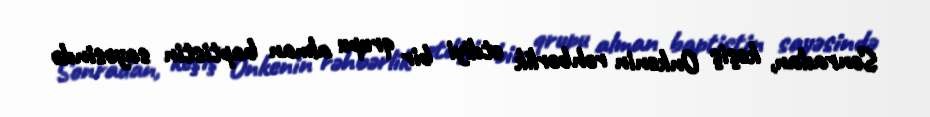
Sonradan, keşiş Onkenin rəhbərlik etdiyi bir qrupu alman baptistin sayəsində